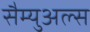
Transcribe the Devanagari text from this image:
सैम्युअल्स